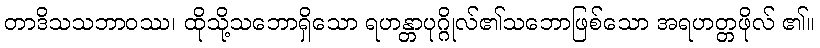
တာဒိသသဘာဝဿ၊ ထိုသို့သဘောရှိသော ရဟန္တာပုဂ္ဂိုလ်၏သဘောဖြစ်သော အရဟတ္တဖိုလ် ၏။